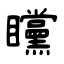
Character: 矘